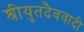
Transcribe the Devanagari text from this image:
श्रीयुतदैववादी